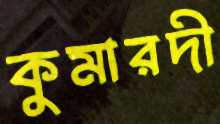
কুমারদী